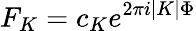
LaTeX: {F_{K}=c_{K}e^{2\pi i|K|\Phi}}